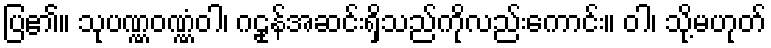
ပြ၏။ သုပဏ္ဏဝဏ္ဏံဝါ၊ ဂဠုန်အဆင်းရှိသည်ကိုလည်းကောင်း။ ဝါ၊ သို့မဟုတ်